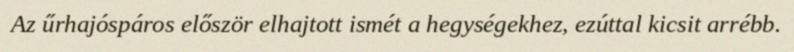
Az űrhajóspáros először elhajtott ismét a hegységekhez, ezúttal kicsit arrébb.